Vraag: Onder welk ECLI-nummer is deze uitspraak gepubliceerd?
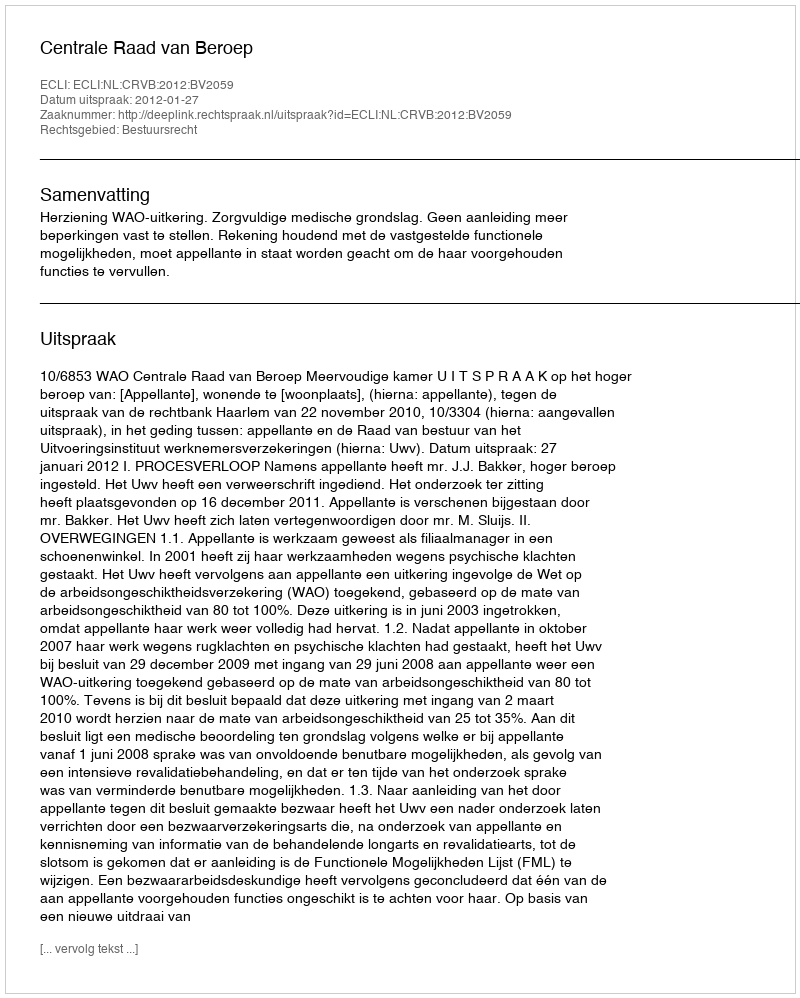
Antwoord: ECLI:NL:CRVB:2012:BV2059